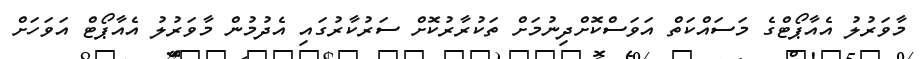
މާވަރުލު އެއާޕޯޓްގެ މަސައްކަތް އަވަސްކޮށްދިނުމަށް ތަކުރާރުކޮށް ސަރުކާރުގައި އެދުމުން މާވަރުލު އެއާޕޯޓް އަަވަހަށް